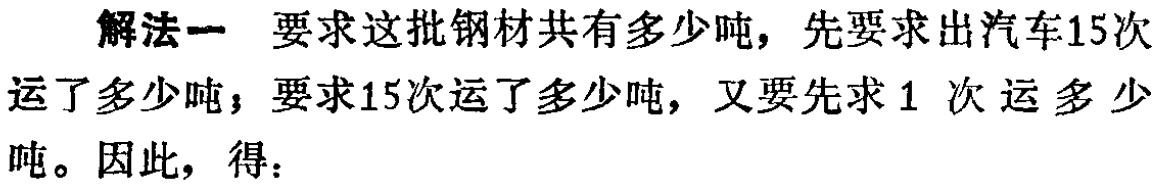
解法一 要求这批钢材共有多少吨，先要求出汽车15次运了多少吨，要求15次运了多少吨，又要先求1 次运多少吨。因此，得：